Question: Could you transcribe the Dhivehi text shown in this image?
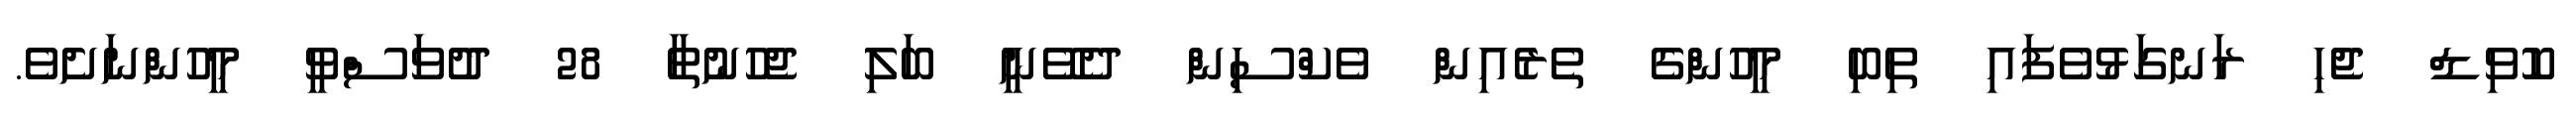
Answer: ކޮވިޑް ޖެހި ރަނގަޅުވެފައި ތިބި މީހުންގެ ތެރެއިން ވެކްސިން ދެވޭނީ ބަލި ޖެހުނުތާ 28 ދުވަސްވީ މީހުންނަށެވެ.